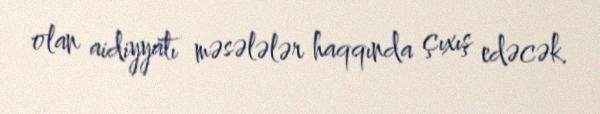
olan aidiyyatı məsələlər haqqında çıxış edəcək.